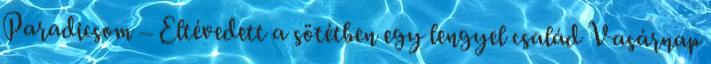
Paradicsom – Eltévedett a sötétben egy lengyel család Vasárnap